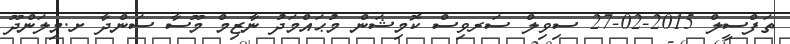
ތަފްސީލް 2015-02-27 ސިވިލް ސަރވިސް ކޮމިޝަން މުޙައްމަދު ނާޒިމް މޫސާ ސަންދާ ށ.މިލަންދޫ